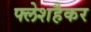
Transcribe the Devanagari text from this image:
फ्लेशहैकर